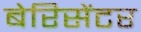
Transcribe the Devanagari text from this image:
बेरिसेंटर